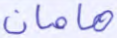
هامان